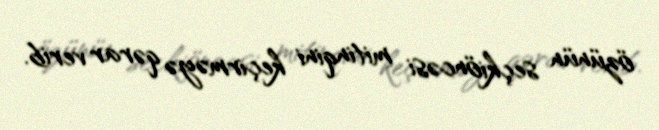
özünün seçkiöncəsi mitinqini keçirməyə qərar verib.